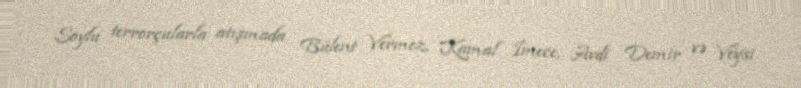
Soylu terrorçularla atışmada Bülent Vermez, Kamal İmece, Avdi Demir və Veysi